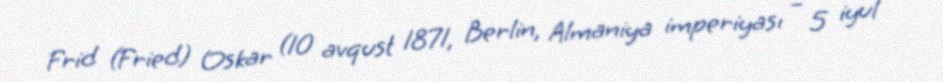
Frid (Fried) Oskar (10 avqust 1871, Berlin, Almaniya imperiyası – 5 iyul